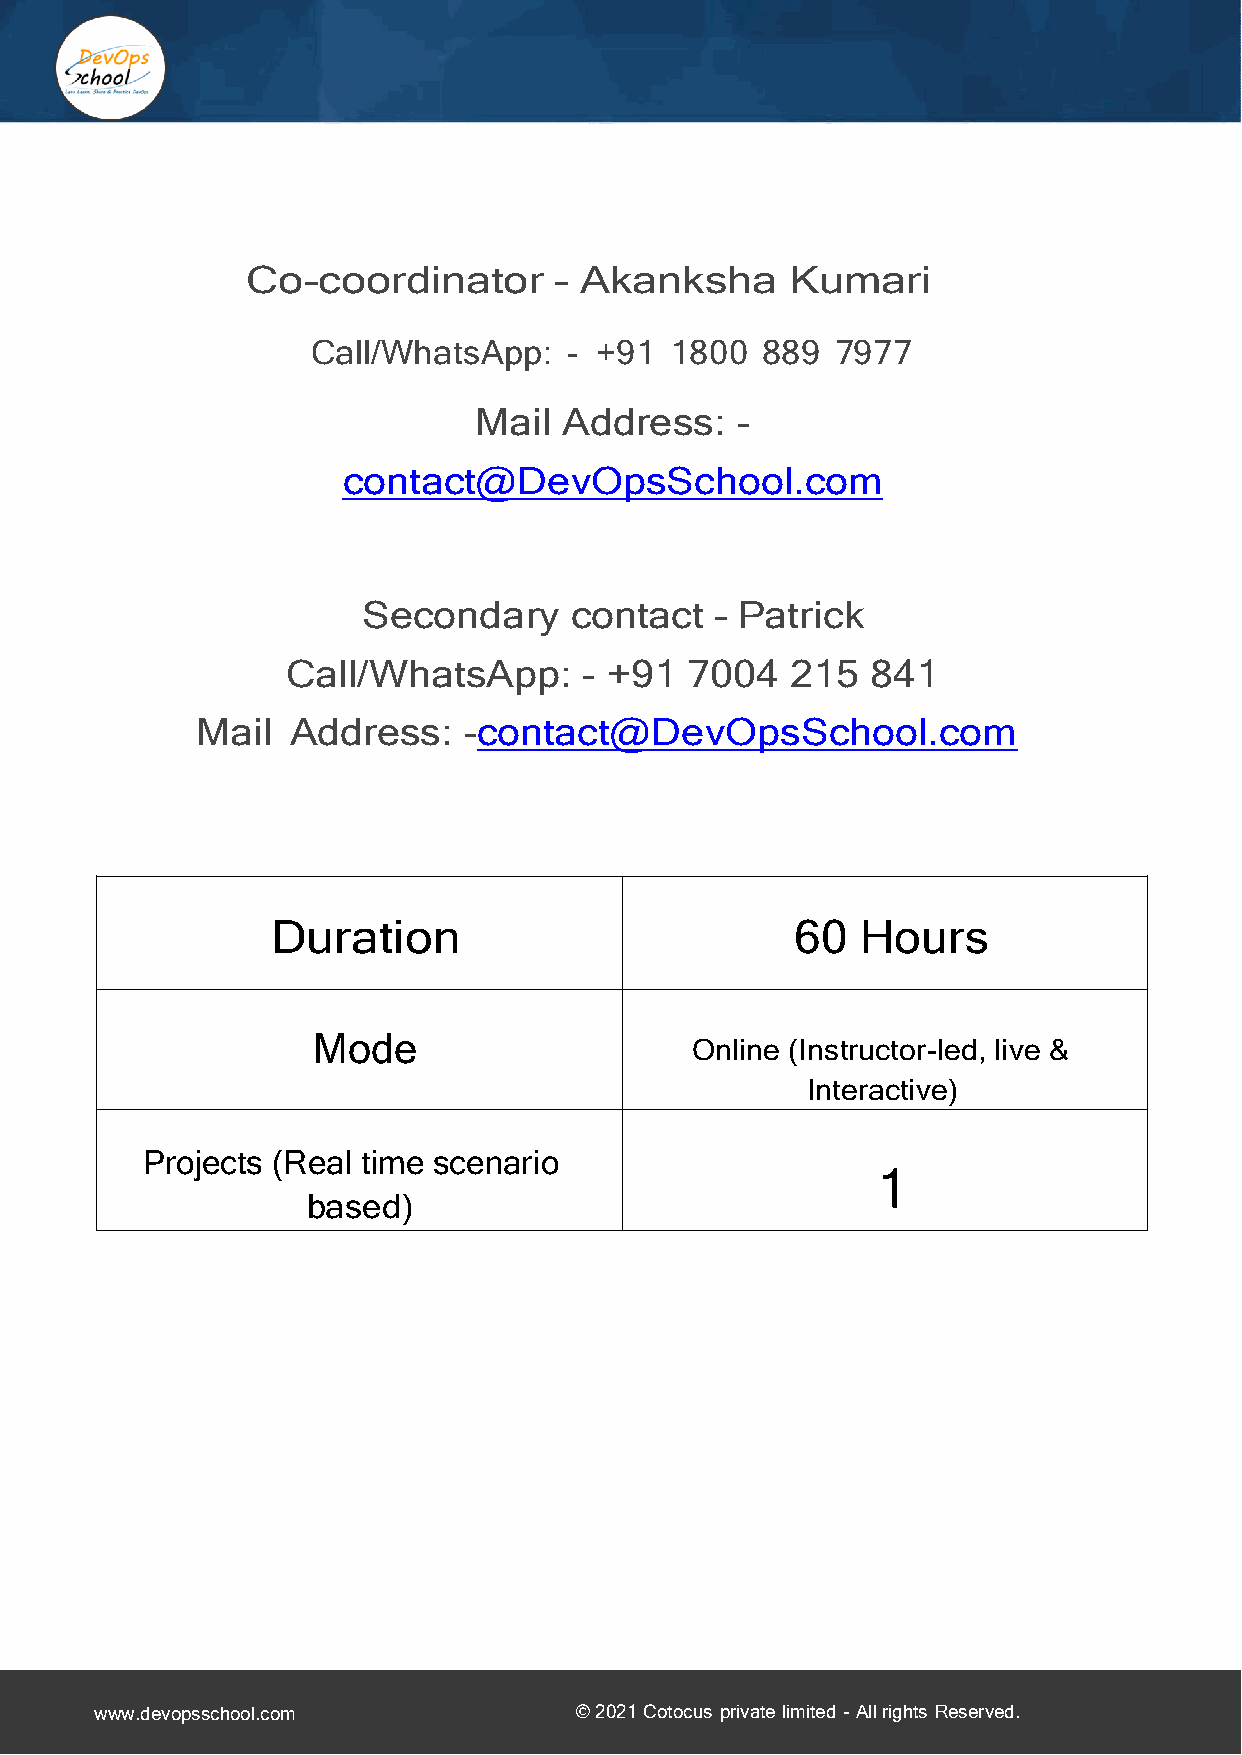
Co-coordinator       – Akanksha     Kumari
 Call/WhatsApp:   - +91 1800  889  7977
 Mail  Address:    -
 contact@DevOpsSchool.com
 Secondary     contact  – Patrick
 Call/WhatsApp:      - +91  7004  215   841
 Mail  Address:    -contact@DevOpsSchool.com
 Duration                           60  Hours
 Mode
 Online (Instructor-led, live &
 Interactive)
 Projects (Real time scenario
 1
 based)
 www.devopsschool.com            © 2021 Cotocus private limited - All rights Reserved.